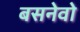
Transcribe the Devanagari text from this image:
बसनेवो